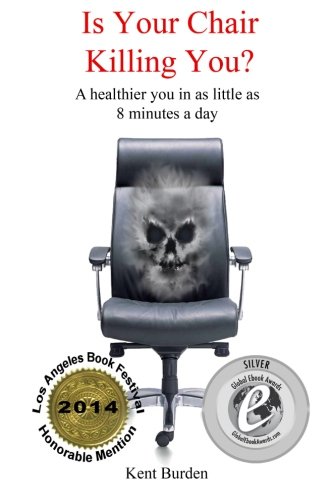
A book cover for Is Your Chair Killing You?: A healthier you in as little as 8 minutes a day; Kent Burden; Health, Fitness & Dieting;